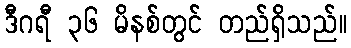
ဒီဂရီ ၃၆ မိနစ်တွင် တည်ရှိသည်။